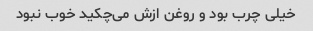
خیلی چرب بود و روغن ازش می‌چکید خوب نبود